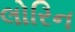
લોરિન